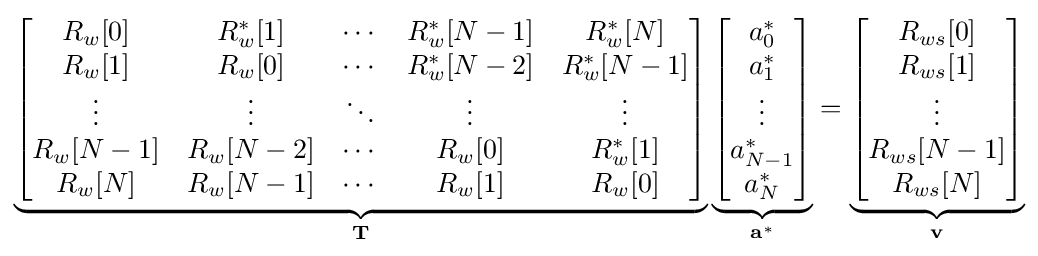
\underbrace {\begin{bmatrix}R_{w}[0]&R_{w}^{*}[1]&\cdots &R_{w}^{*}[N-1]&R_{w}^{*}[N]\\R_{w}[1]&R_{w}[0]&\cdots &R_{w}^{*}[N-2]&R_{w}^{*}[N-1]\\\vdots &\vdots &\ddots &\vdots &\vdots \\R_{w}[N-1]&R_{w}[N-2]&\cdots &R_{w}[0]&R_{w}^{*}[1]\\R_{w}[N]&R_{w}[N-1]&\cdots &R_{w}[1]&R_{w}[0]\end{bmatrix}} _{\mathbf {T} }\underbrace {\begin{bmatrix}a_{0}^{*}\\a_{1}^{*}\\\vdots \\a_{N-1}^{*}\\a_{N}^{*}\end{bmatrix}} _{\mathbf {a^{*}} }=\underbrace {\begin{bmatrix}R_{ws}[0]\\R_{ws}[1]\\\vdots \\R_{ws}[N-1]\\R_{ws}[N]\end{bmatrix}} _{\mathbf {v} }